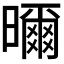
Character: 𭨁